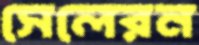
সেলেরন